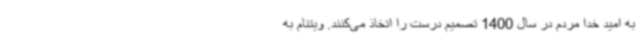
به امید خدا مردم در سال 1400 تصمیم درست را اتخاذ می‌کنند. ویتنام به